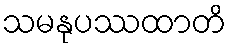
သမနုပဿထာတိ